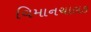
વિમાનચાલક